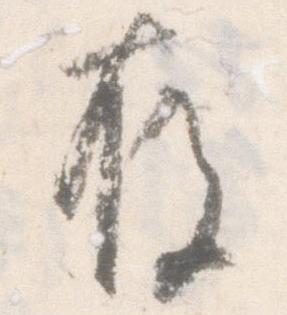
存